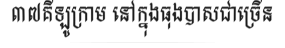
៣៧គីឡូក្រាម នៅក្នុងធុងបាសជាច្រើន